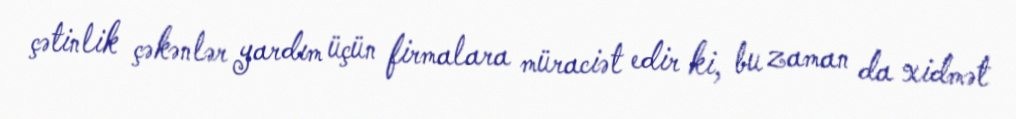
çətinlik çəkənlər yardım üçün firmalara müraciət edir ki, bu zaman da xidmət